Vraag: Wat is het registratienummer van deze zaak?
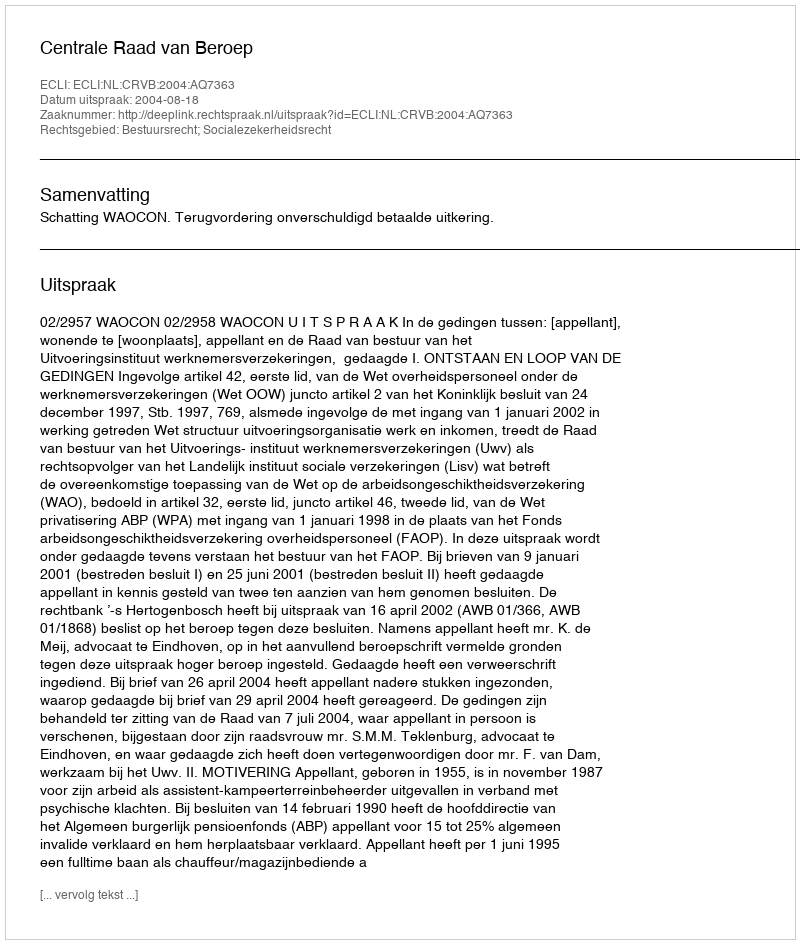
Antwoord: http://deeplink.rechtspraak.nl/uitspraak?id=ECLI:NL:CRVB:2004:AQ7363